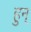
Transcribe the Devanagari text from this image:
हुन्